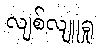
လျစ်လျူရှု